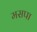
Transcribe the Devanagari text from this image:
मसपा